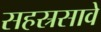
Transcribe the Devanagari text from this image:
सहस्रसावे